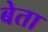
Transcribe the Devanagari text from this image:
बेता